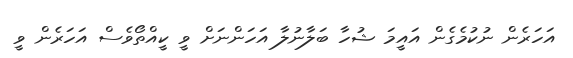
އަހަރެން ނުކުމެގެން އައީމަ ޝުހާ ބަލާނުލާ އަހަންނަށް ވީ ކީއްތޯވެސް އަހަރެން ވީ